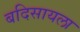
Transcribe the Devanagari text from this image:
बदिसायला